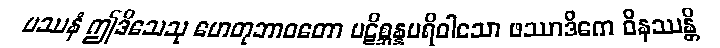
ပဿနံ ဤဒိသေသု ဟေတုဘာဝတော ပဋိစ္ဆန္နပရိဝါသော ဖဿာဒိကေ ဝိနဿန္တိ